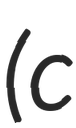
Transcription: (c